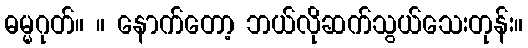
ဓမ္မဂုတ်။ ။ နောက်တော့ ဘယ်လိုဆက်သွယ်သေးတုန်း။